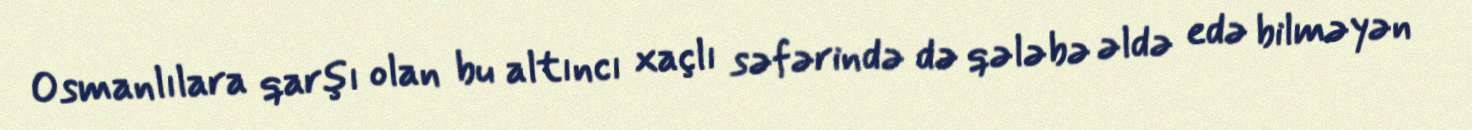
Osmanlılara qarşı olan bu altıncı xaçlı səfərində də qələbə əldə edə bilməyən